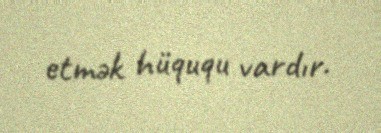
etmək hüququ vardır.